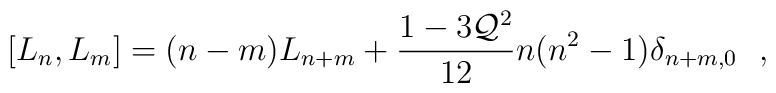
[L_n , L_m] = (n-m) L_{n+m} +\frac{1-3 {\cal Q}^{2}}{12} n(n^{2}-1)\delta_{n+m,0}~~,